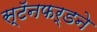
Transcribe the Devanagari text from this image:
स्टॅनफर्डने